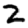
Digit: 2